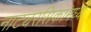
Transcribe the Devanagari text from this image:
नाट्यरसिकांमध्ये